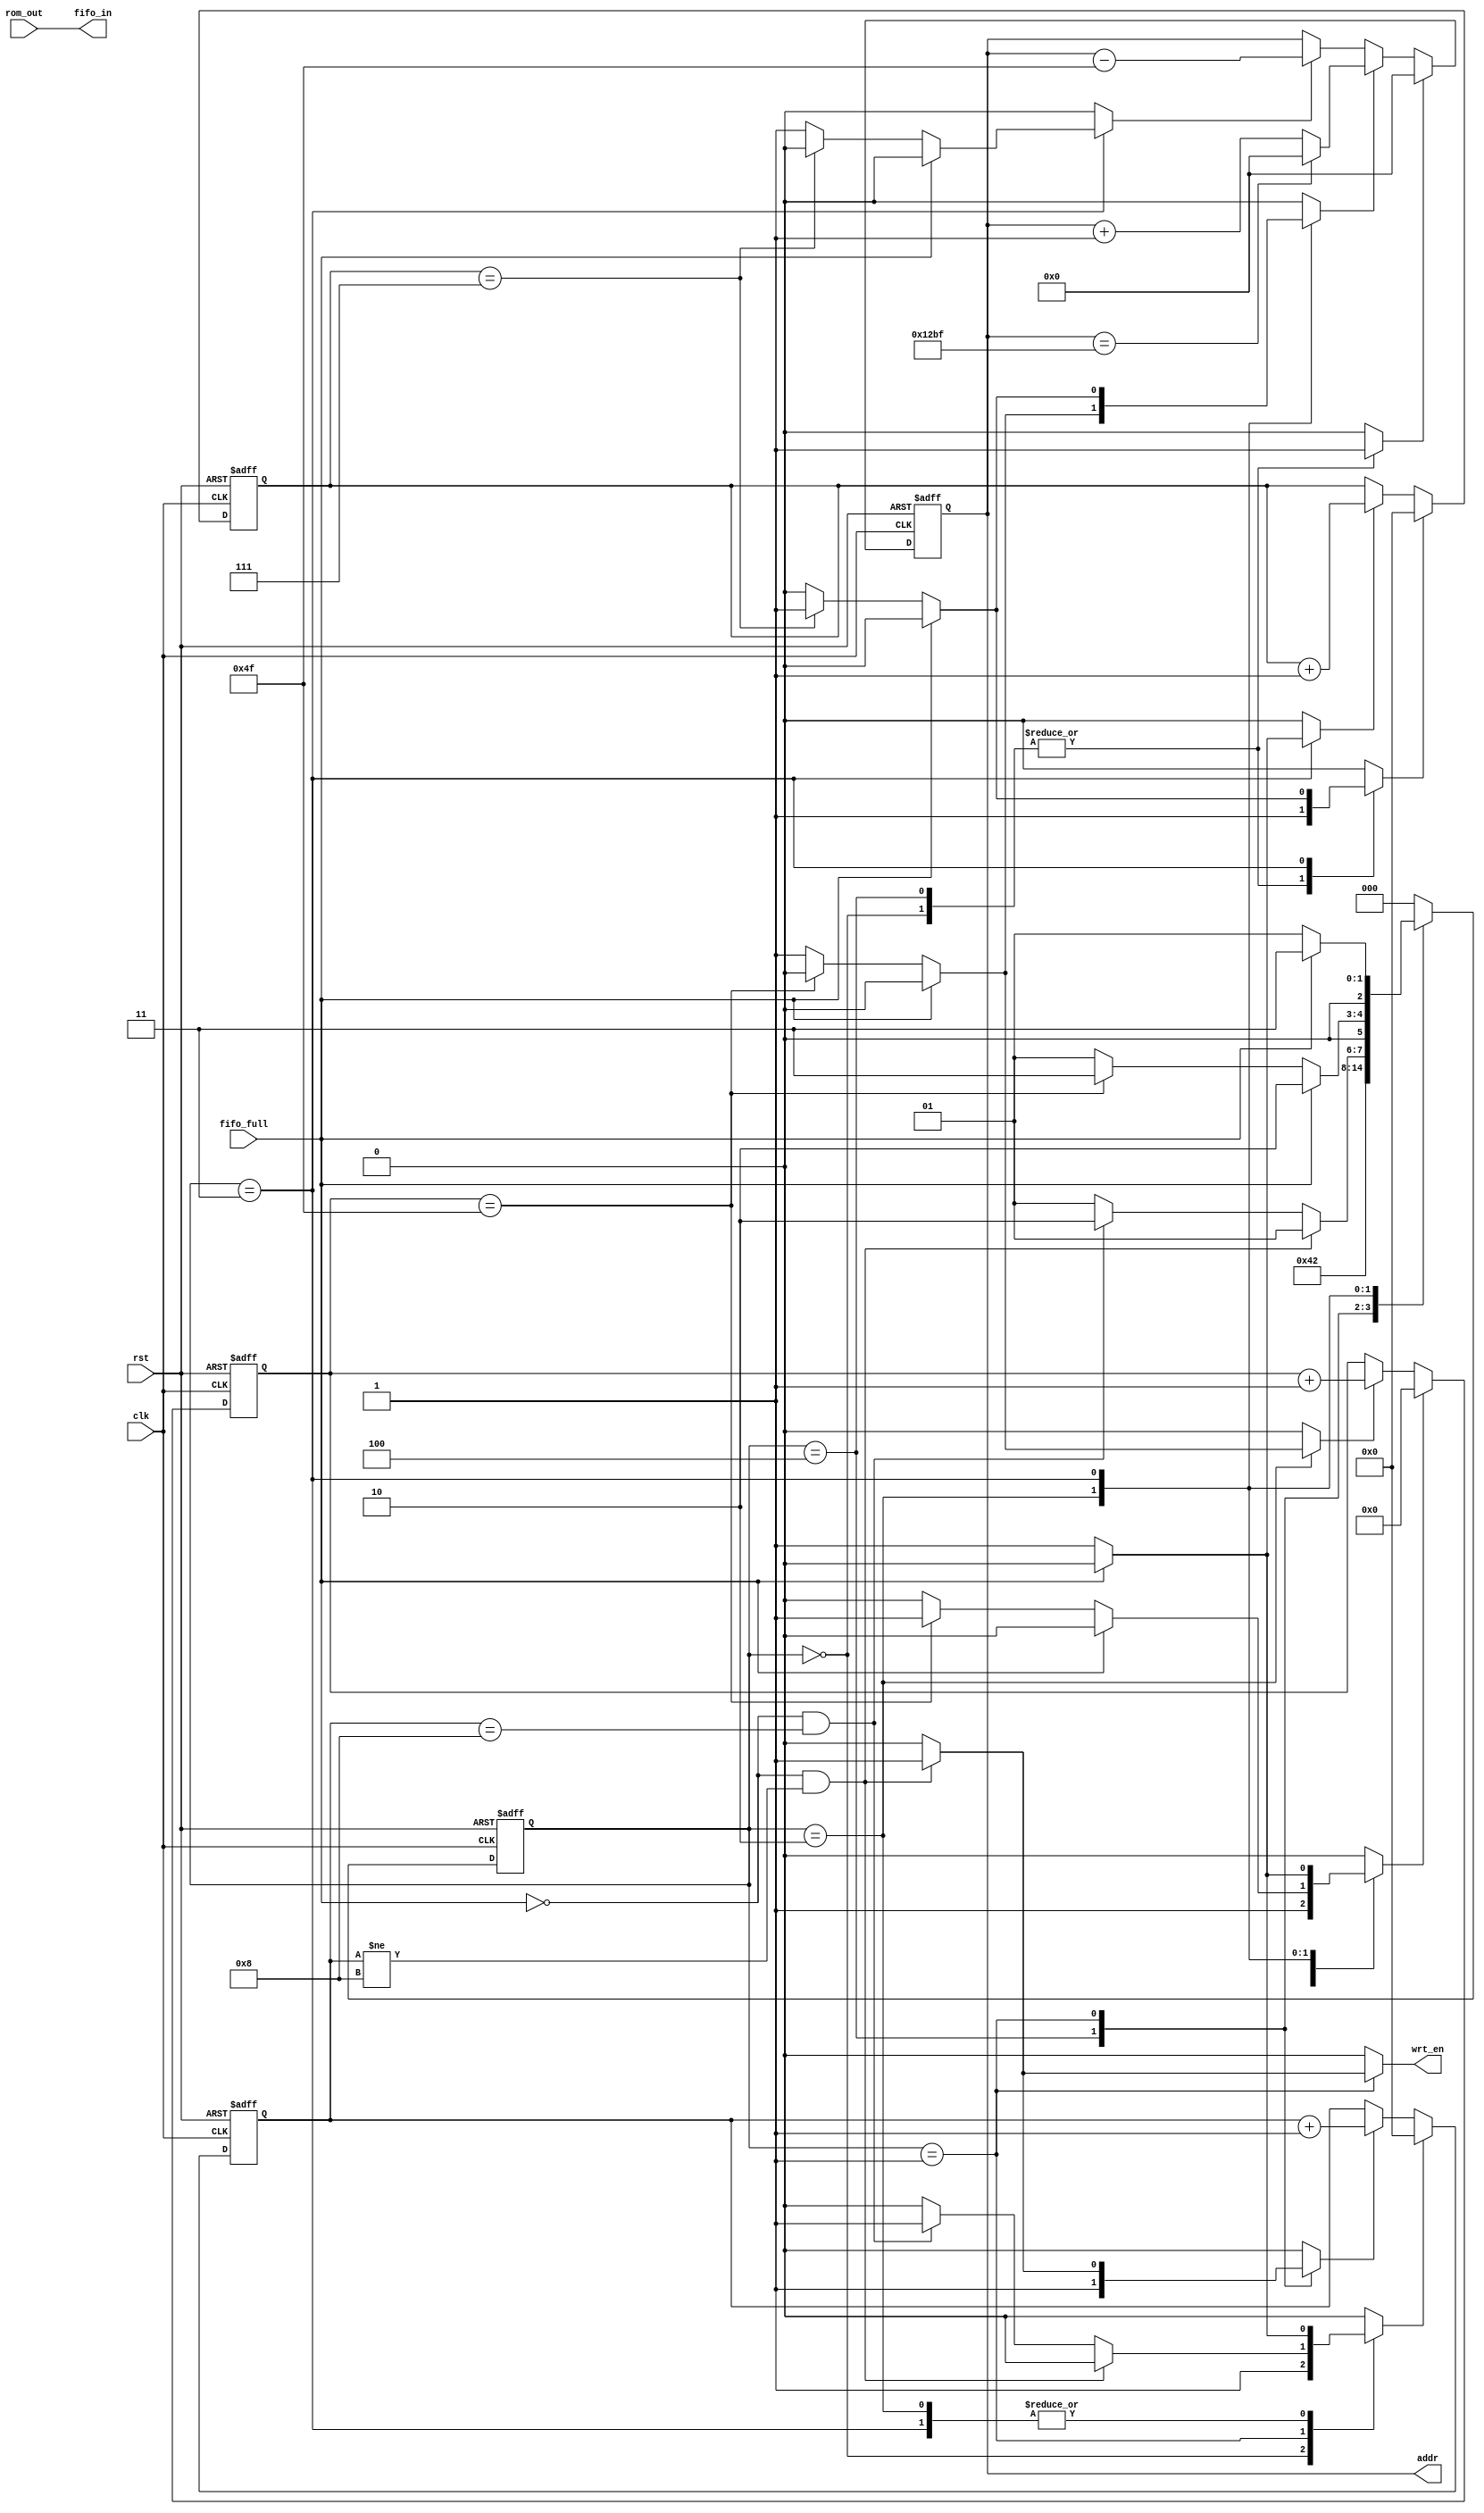
//`default_nettype none
//`timescale 1ns / 1ps
//////////////////////////////////////////////////////////////////////////////////
// Company:
// Engineer:
//
// Design Name:
// Module Name:    vga_logic
// Project Name:
// Target Devices:
// Tool versions:
// Description:
//
// Dependencies:
//
// Revision:
// Revision 0.01 - File Created
// Additional Comments:
//
//////////////////////////////////////////////////////////////////////////////////
module display_plane(/*autoarg*/
   // Outputs
   addr, fifo_in, wrt_en,
   // Inputs
   clk, rst, rom_out, fifo_full
   );

   input wire clk;
   input wire rst;

   //interface with rom
   input wire [23:0] rom_out;
   output wire [12:0] addr;

   //interface with fifo
   input  wire       fifo_full;
   output wire[23:0] fifo_in;
   output  reg     wrt_en;

//   reg [23:0]    pixel_color;

   reg [3:0]     cnt_h,cnt_v;
   reg [6:0]     cnt_r;


   reg [12:0]    addr_cnt;

   reg [2:0]     state,nxt_state;

   ///////////state machine///////////
   reg           cnt_h_clr,cnt_h_en,cnt_v_clr,cnt_v_en,cnt_r_clr,cnt_r_en,addr_cnt_clr,addr_cnt_en, addr_cnt_repeat;

   localparam IDLE = 3'b000;
   localparam H_INC = 3'b001;
   localparam R_INC = 3'b010;
   localparam V_INC = 3'b011;
   localparam IDLE_2 = 3'b100;

/* -----\/----- EXCLUDED -----\/-----
   always@(posedge clk, posedge rst)
     if (rst)
       pixel_color <= 24'h000000;
     else if (dp_ld)
       pixel_color <= next_pixel_color;
 -----/\----- EXCLUDED -----/\----- */

   ////////////////////////////////////
   ///counter for repetation horizontal
   ////////////////////////////////////
   always @(posedge clk, posedge rst)
     begin
        if (rst)
             cnt_h <= 4'h0;
                  else if (cnt_h_clr)
             cnt_h <= 4'h0;
        else if (cnt_h_en)
          cnt_h <= cnt_h +1;
     end

   ////////////////////////////////////
   ///counter for repetation vertical
   ////////////////////////////////////
   always @(posedge clk, posedge rst)
     begin
        if (rst)
             cnt_v <= 4'h0;
                  else if (cnt_v_clr)
             cnt_v <= 4'h0;
        else if (cnt_v_en)
          cnt_v <= cnt_v + 1;
     end

   ////////////////////////////////////
   ///counter for display until edge
   ////////////////////////////////////
   always @(posedge clk, posedge rst)
     begin
        if(rst)
          cnt_r <= 7'b0;
                        else if (cnt_r_clr)
          cnt_r <= 7'b0;
        else if(cnt_r_en)
          cnt_r <= cnt_r + 1;
     end

   always @(posedge clk, posedge rst)
     begin
        if(rst)
          state <= IDLE;
        else
          state <= nxt_state;
     end

   ////////////////////////////////////
   ///counter for incrementing rom_addr
   ////////////////////////////////////
   assign addr=addr_cnt;
   always@(posedge clk, posedge rst)
     begin
        if(rst)
          addr_cnt <= 13'b0;
        else if (addr_cnt_clr)
          addr_cnt <= 13'b0;
        else if(addr_cnt_en)
          if(addr_cnt == 13'd4799)
            addr_cnt <= 13'd0;
          else
            addr_cnt <= addr_cnt + 13'b1;
        else if(addr_cnt_repeat)
          addr_cnt <= addr_cnt - 13'd79;

     end


   always@(*)
     begin
        cnt_h_en = 1'b0;
        cnt_r_en = 1'b0;
        cnt_v_en = 1'b0;
        addr_cnt_en = 1'b0;
        cnt_h_clr = 1'b0;
        cnt_r_clr = 1'b0;
        cnt_v_clr = 1'b0;
        addr_cnt_clr = 1'b0;
        addr_cnt_repeat = 1'b0;
        wrt_en = 1'b0;

        nxt_state = state;

        case(state)
          IDLE: // entry point
            begin
               nxt_state = IDLE_2;
               cnt_h_clr = 1'b1;
               cnt_r_clr = 1'b1;
               cnt_v_clr = 1'b1;
               addr_cnt_clr = 1'b1;
            end

          IDLE_2: //wait for the rom data to be ready
            begin
               nxt_state = H_INC;
               cnt_h_en=1'b1;
               cnt_r_clr = 1'b1;
               cnt_v_clr = 1'b1;
               addr_cnt_clr = 1'b1;
            end

          H_INC: // repeat pixel 8 times horizontal
            begin
               if(!fifo_full && cnt_h != 4'd8)
                 begin
                    cnt_h_en = 1'b1;
                    wrt_en = 1'b1;
                    nxt_state = H_INC;
                 end
               else if(!fifo_full && cnt_h == 4'd8)
                 begin
                    nxt_state = R_INC;
                    cnt_h_clr = 1'b1;
                 end
               else
                 nxt_state = H_INC;
            end // case: H_INC

          R_INC: // display 80 pixels in one line
            begin
               if(!fifo_full)
                 begin
                    if(cnt_r == 8'd79)
                      begin
                         nxt_state = V_INC;
                         cnt_r_clr = 1'b1;
                         cnt_h_clr=1'b1;
//                         addr_cnt_en = 1'b1;
                      end
                    else
                      begin
                         nxt_state = H_INC;
                         cnt_r_en = 1'b1;
                         cnt_h_clr=1'b1;
                         addr_cnt_en = 1'b1;
                      end // else: !if(cnt_r == 6'b80)
                 end // if (!fifo_full)
               else
                 nxt_state = R_INC;
            end // case: R_INC

          V_INC: // repeat line 8 times
            begin
               if(!fifo_full)
                 begin
                    cnt_v_en = 1'b1;
                    nxt_state = H_INC;
                    cnt_r_clr = 1'b1;
                    cnt_h_clr=1'b1;
                    if(cnt_v ==  4'd7)
                      begin
                         cnt_v_clr = 1'b1;
                         addr_cnt_en=1'b1;
                      end
                    else
                      begin
                         addr_cnt_repeat = 1'b1;
                      end
                 end // if (!fifo_full)
               else
                 nxt_state = V_INC;
            end // case: V_INC

          default:
            nxt_state = IDLE;
        endcase // case (state)


     end

   assign fifo_in = rom_out;

endmodule // display_plane